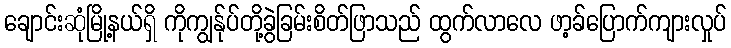
ချောင်းဆုံမြို့နယ်ရှိ ကိုကျွန်ုပ်တို့ခွဲခြမ်းစိတ်ဖြာသည် ထွက်လာလေ ဖာ့ခ်ပြောက်ကျားလှုပ်